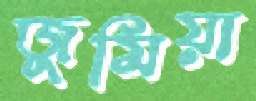
জুমিয়া